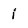
Character: i